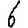
Digit: 6